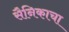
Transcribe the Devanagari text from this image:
सैनिकाचा